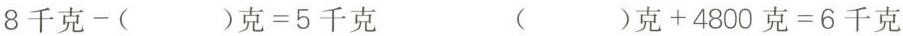
8千克-( )克=5千克 ( )克+4800克=6千克